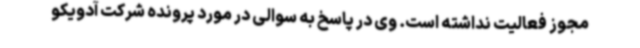
مجوز فعالیت نداشته است. وی در پاسخ به سوالی در مورد پرونده شرکت آدویکو